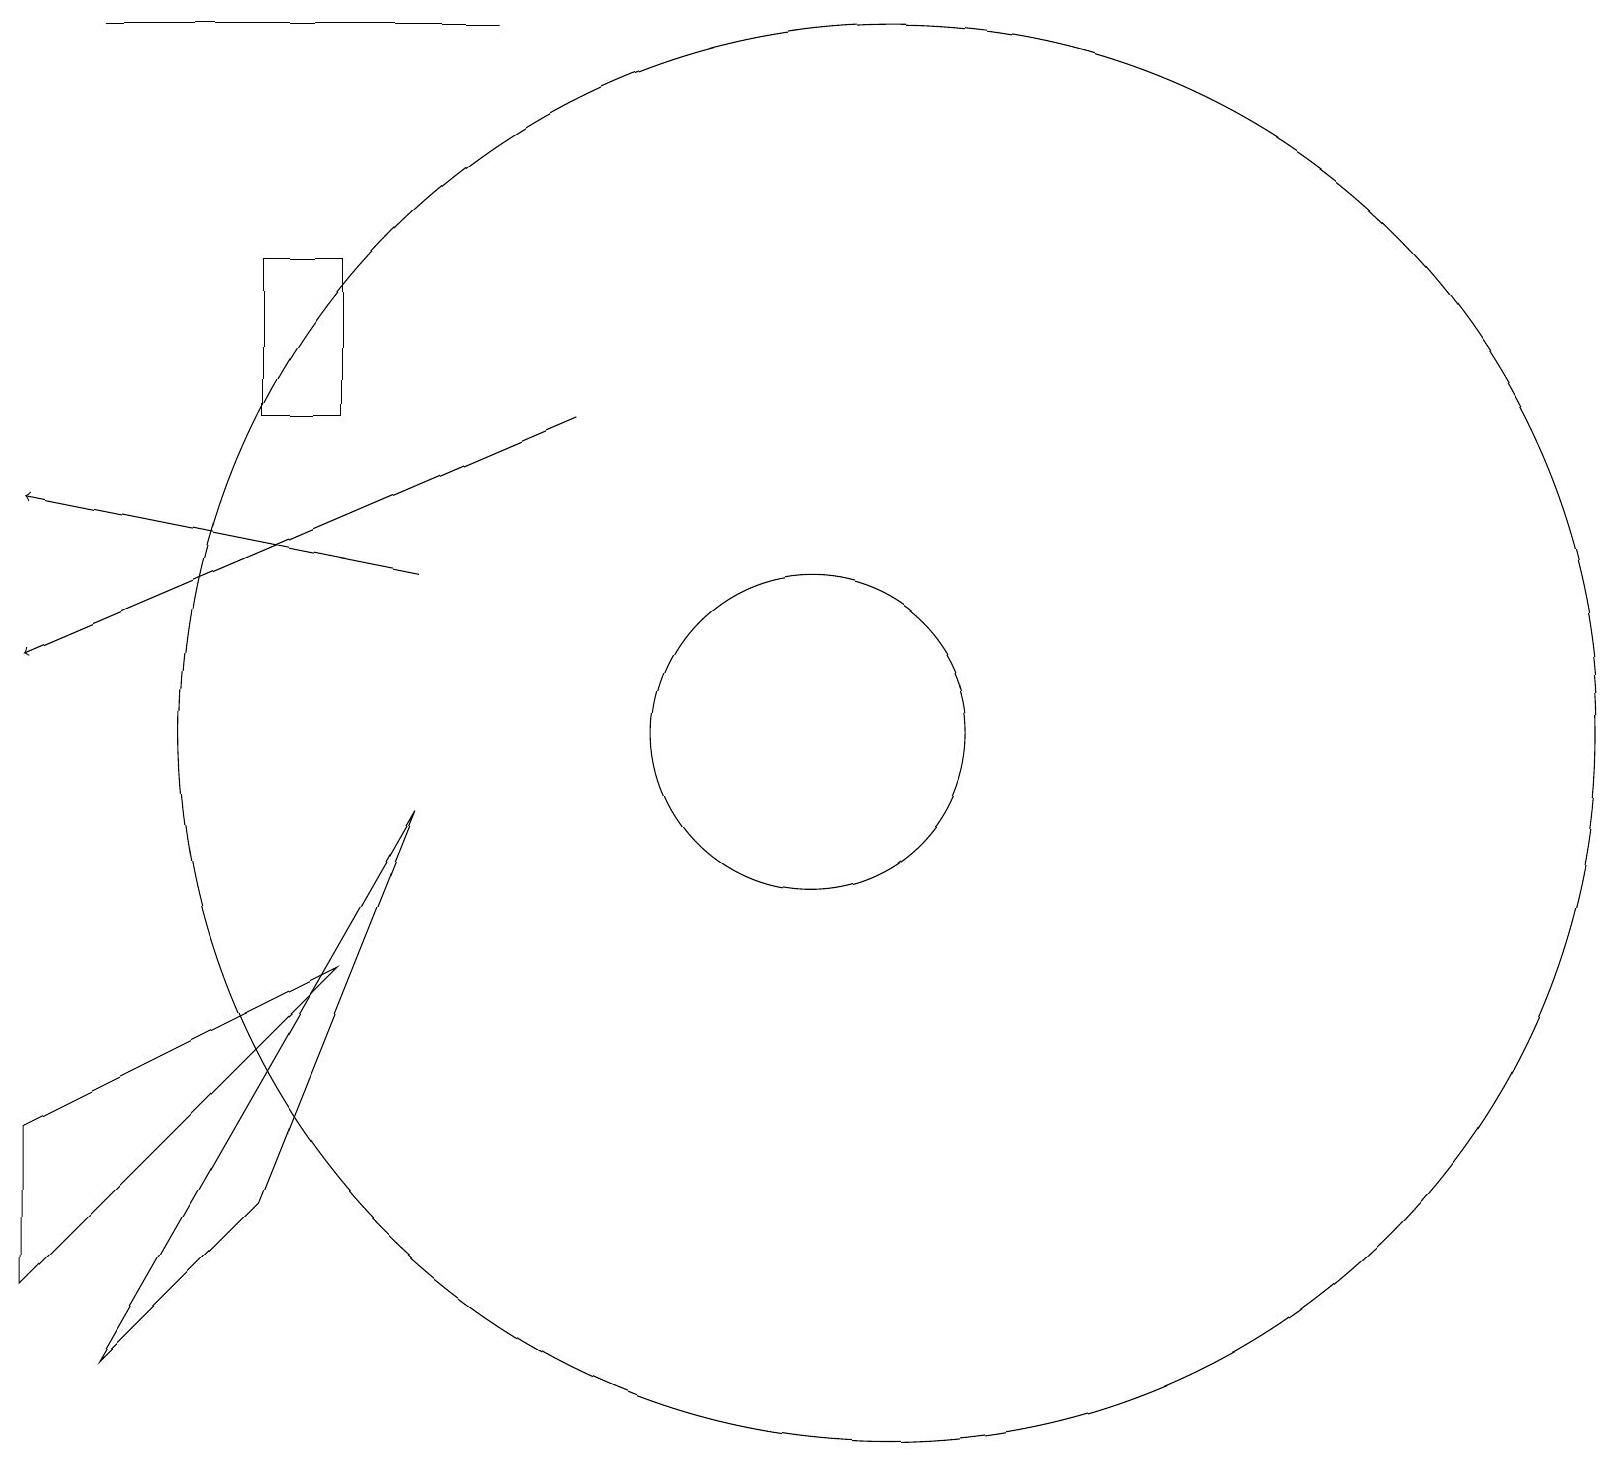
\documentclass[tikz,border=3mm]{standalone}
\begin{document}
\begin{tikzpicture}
\draw (5,14) rectangle (4,16);
\draw (7,19) rectangle (2,19);
\draw (1,5) -- (1,3) -- (5,7) -- cycle;
\draw[->] (6,12) -- (1,13);
\draw (4,4) -- (6,9) -- (2,2) -- cycle;
\draw (11,10) circle (2);
\draw (12,10) circle (9);
\draw[->] (8,14) -- (1,11);
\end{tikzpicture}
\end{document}